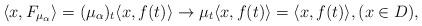
LaTeX: \begin{align*} \langle x , F_{\mu_{\alpha}} \rangle= (\mu_{\alpha})_{t} \langle x , f(t) \rangle \rightarrow \mu_{t} \langle x , f(t) \rangle= \langle x , f(t) \rangle, (x \in D),\end{align*}